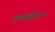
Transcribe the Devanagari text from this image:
आययूसीआय